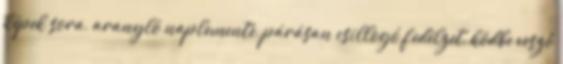
képek sora, aranyló naplemente, párásan csillogó fedélzet, ködbe vesző